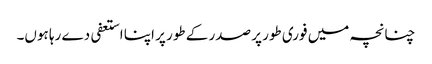
چنانچہ میں فوری طور پر صدر کے طور پر اپنا استعفی دے رہا ہوں۔